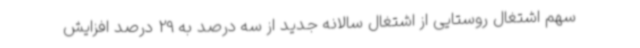
سهم اشتغال روستایی از اشتغال سالانه جدید از سه درصد به 29 درصد افزایش